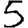
Digit: 5